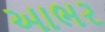
આભર